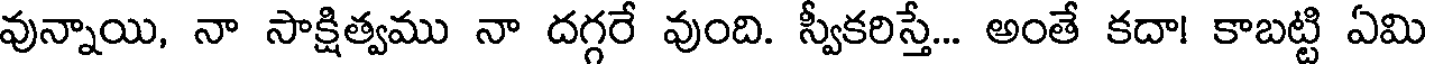
వున్నాయి, నా సాక్షిత్వము నా దగ్గరే వుంది. స్వీకరిస్తే... అంతే కదా! కాబట్టి ఏమి